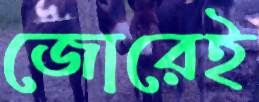
জোরেই